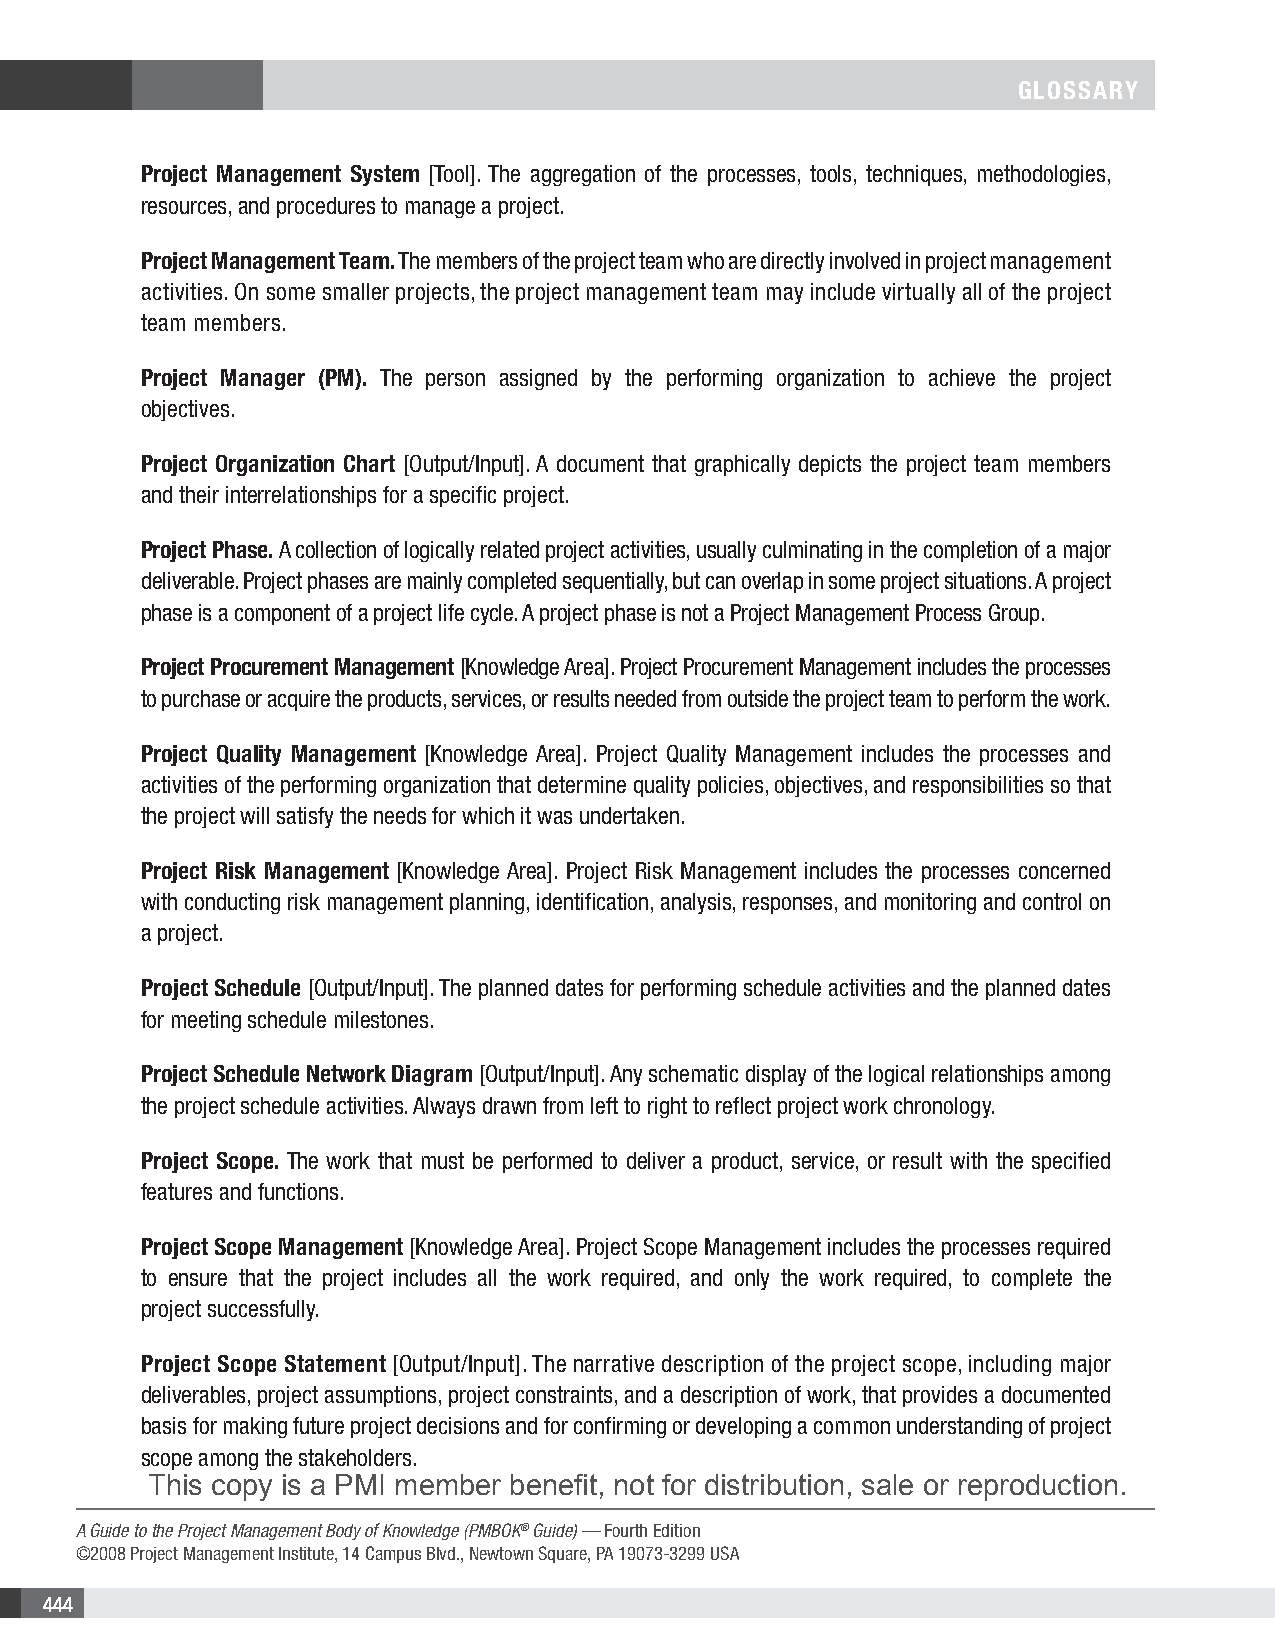
GLOSSARY
 Project Management System [Tool]. The aggregation of the processes, tools, techniques, methodologies,
 resources, and procedures to manage a project.
 Project Management Team. The members of the project team who are directly involved in project management
 activities. On some smaller projects, the project management team may include virtually all of the project
 team members.
 Project Manager (PM). The person assigned by the performing organization to achieve the project
 objectives.
 Project Organization Chart [Output/Input]. A document that graphically depicts the project team members
 and their interrelationships for a specific project.
 Project Phase. A collection of logically related project activities, usually culminating in the completion of a major
 deliverable. Project phases are mainly completed sequentially, but can overlap in some project situations. A project
 phase is a component of a project life cycle. A project phase is not a Project Management Process Group.
 Project Procurement Management [Knowledge Area]. Project Procurement Management includes the processes
 to purchase or acquire the products, services, or results needed from outside the project team to perform the work.
 Project Quality Management [Knowledge Area]. Project Quality Management includes the processes and
 activities of the performing organization that determine quality policies, objectives, and responsibilities so that
 the project will satisfy the needs for which it was undertaken.
 Project Risk Management [Knowledge Area]. Project Risk Management includes the processes concerned
 with conducting risk management planning, identification, analysis, responses, and monitoring and control on
 a project.
 Project Schedule [Output/Input]. The planned dates for performing schedule activities and the planned dates
 for meeting schedule milestones.
 Project Schedule Network Diagram [Output/Input]. Any schematic display of the logical relationships among
 the project schedule activities. Always drawn from left to right to reflect project work chronology.
 Project Scope. The work that must be performed to deliver a product, service, or result with the specified
 features and functions.
 Project Scope Management [Knowledge Area]. Project Scope Management includes the processes required
 to ensure that the project includes all the work required, and only the work required, to complete the
 project successfully.
 Project Scope Statement [Output/Input]. The narrative description of the project scope, including major
 deliverables, project assumptions, project constraints, and a description of work, that provides a documented
 basis for making future project decisions and for confirming or developing a common understanding of project
 scope among the stakeholders.
 This copy is a PMI member benefit, not for distribution, sale or reproduction.
 A Guide to the Project Management Body of Knowledge (PMBOK® Guide) — Fourth Edition
 ©2008 Project Management Institute, 14 Campus Blvd., Newtown Square, PA 19073-3299 USA
 444